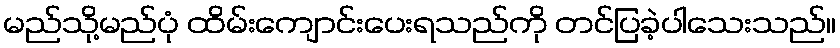
မည်သို့မည်ပုံ ထိမ်းကျောင်းပေးရသည်ကို တင်ပြခဲ့ပါသေးသည်။